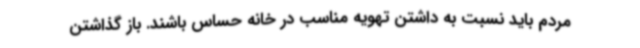
مردم باید نسبت به داشتن تهویه مناسب در خانه حساس باشند. باز گذاشتن